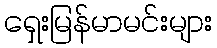
ရှေးမြန်မာမင်းများ